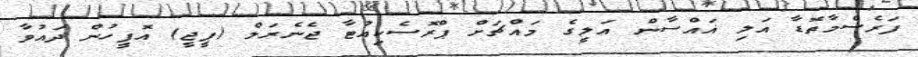
ފަރެސްމާތޮޑާ އަލި ޣައްސާން އަލީގެ މައްޗަށް ޕްރޮސެކިއުޓާ ޖެނެރަލް (ޕީޖީ) އޮފީހުން ދައުވާ